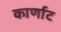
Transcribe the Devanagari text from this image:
कार्णाट